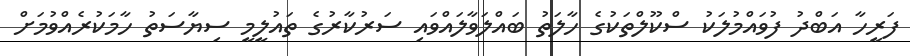
ފަރީހާ އަބްދު ފުވައްމުލަކު ސްކޫލްތަކުގެ ހާލަތު ބައްލަވާލައްވައި ސަރުކާރުގެ ތައުލީމީ ސިޔާސަތު ހާމަކުރެއްވުމަށް